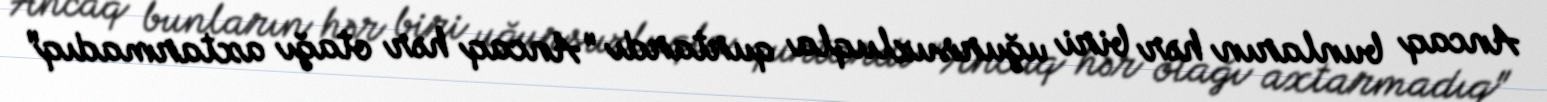
Ancaq bunların hər biri uğursuzluqla qurtardı "Ancaq hər otağı axtarmadıq"